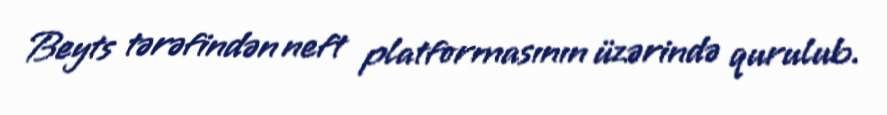
Beyts tərəfindən neft platformasının üzərində qurulub.